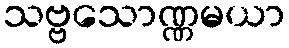
သဗ္ဗသောဏ္ဏမယာ